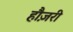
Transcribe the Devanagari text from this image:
हौज़री